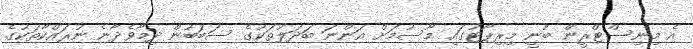
އެ މިނިސްޓްރީން ބުނީ މިރިޕޯޓުގައި މޫސުމަށް އަންނަ ބަދަލުތަކުގެ ސަބަބުން ދިމާވެދާނެ ނުރައްކާތަކުގެ